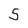
Character: 5